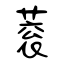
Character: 蓘